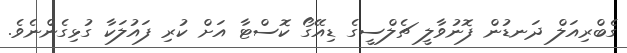
ގެބްރިއަލް ދަނޑުން ފޮނުވާލީ ޗެލްސީގެ ޑިއޭގޯ ކޮސްޓާ އަށް ކުރި ފައުލަކާ ގުޅިގެންނެވެ.